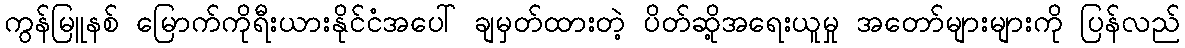
ကွန်မြူနစ် မြောက်ကိုရီးယားနိုင်ငံအပေါ် ချမှတ်ထားတဲ့ ပိတ်ဆို့အရေးယူမှု အတော်များများကို ပြန်လည်